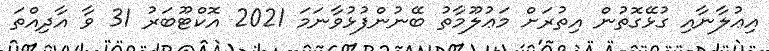
އިޢުލާނާއި ގުޅޭގޮތުން އިތުރަށް މަޢުލޫމާތު ބޭނުންފުޅުވާނަމަ 2021 އޮކްޓޫބަރު 31 ވާ އާދިއްތަ